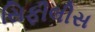
સિફીલીસ